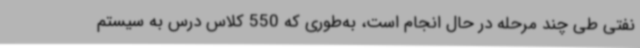
نفتی طی چند مرحله در حال انجام است، به‌طوری که 550 کلاس درس به سیستم